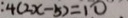
: 4 ( 2 x - 5 ) = 1 0